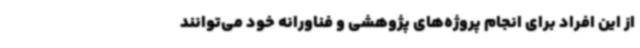
از این افراد برای انجام پروژه‌های پژوهشی و فناورانه خود می‌توانند